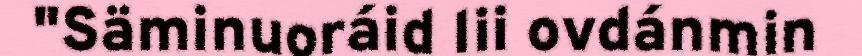
"Säminuoráid lii ovdánmin